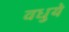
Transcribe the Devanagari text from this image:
वधुये